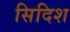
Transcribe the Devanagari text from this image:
सिदिश